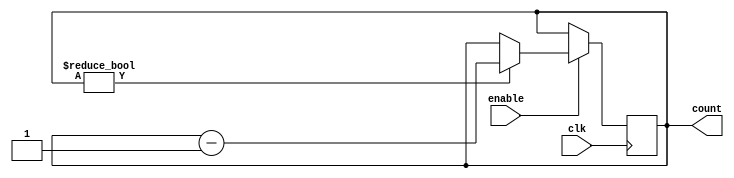
module binary_down_counter_with_enable (
    input wire clk,
    input wire enable,
    output reg [3:0] count
);

always @(posedge clk) begin
    if (enable) begin
        if (count != 4'b0) begin
            count <= count - 1;
        end
    end
end

endmodule